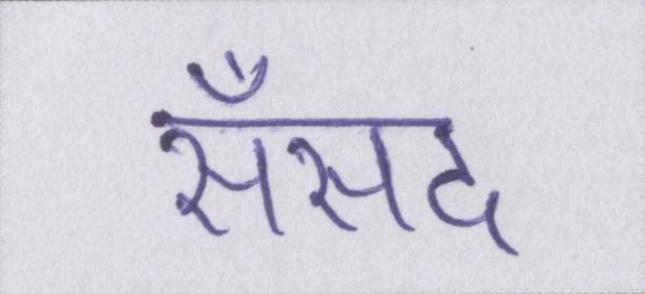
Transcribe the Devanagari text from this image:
सँसद